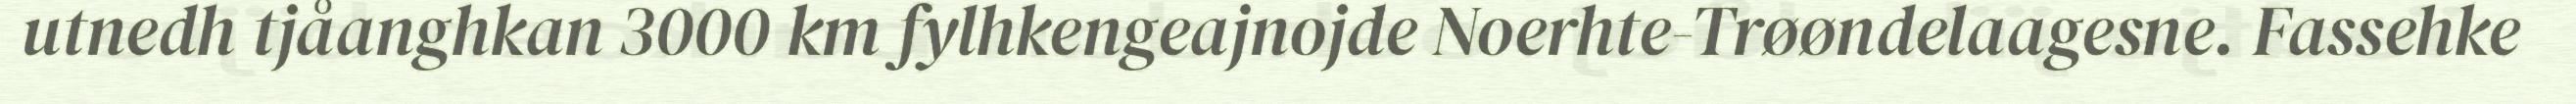
utnedh tjåanghkan 3000 km fylhkengeajnojde Noerhte-Trøøndelaagesne. Fassehke